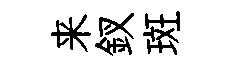
来釵斑